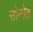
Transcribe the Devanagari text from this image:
सोन्पेत